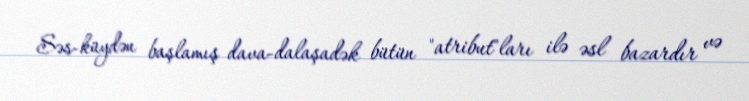
Səs-küydən başlamış dava-dalaşadək bütün "atribut"ları ilə əsl bazardır və